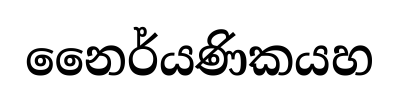
නෛර්යණිකයහ